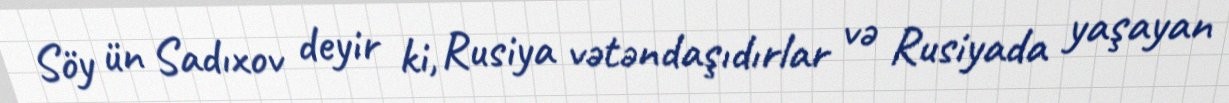
Söy ün Sadıxov deyir ki, Rusiya vətəndaşıdırlar və Rusiyada yaşayan